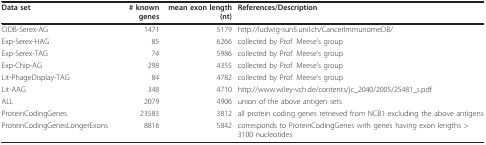
| Data set | # known genes | mean exon length (nt) | References/Description |
 | --- | --- | --- | --- |
 | CIDB-Serex-AG | 1471 | 5179 | http://ludwig-sun5.unil.ch/CancerImmunomeDB/ |
 | Exp-Serex-HAG | 85 | 6266 | collected by Prof. Meese's group |
 | Exp-Serex-TAG | 74 | 5986 | collected by Prof. Meese's group |
 | Exp-Chip-AG | 298 | 4355 | collected by Prof. Meese's group |
 | Lit-PhageDisplay-TAG | 84 | 4782 | collected by Prof. Meese's group |
 | Lit-AAG | 348 | 4710 | http://www.wiley-vch.de/contents/jc_2040/2005/25481_s.pdf |
 | ALL | 2079 | 4906 | union of the above antigen sets |
 | ProteinCodingGenes | 23583 | 3812 | all protein coding genes retrieved from NCB1 excluding the above antigens |
 | ProteinCodingGenesLongerExons | 8816 | 5842 | corresponds to ProteinCodingGenes with genes having exon lengths > 3100 nucleotides |